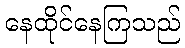
နေထိုင်နေကြသည်